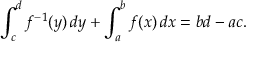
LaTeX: \int _ { c } ^ { d } f ^ { - 1 } ( y ) \, d y + \int _ { a } ^ { b } f ( x ) \, d x = b d - a c .